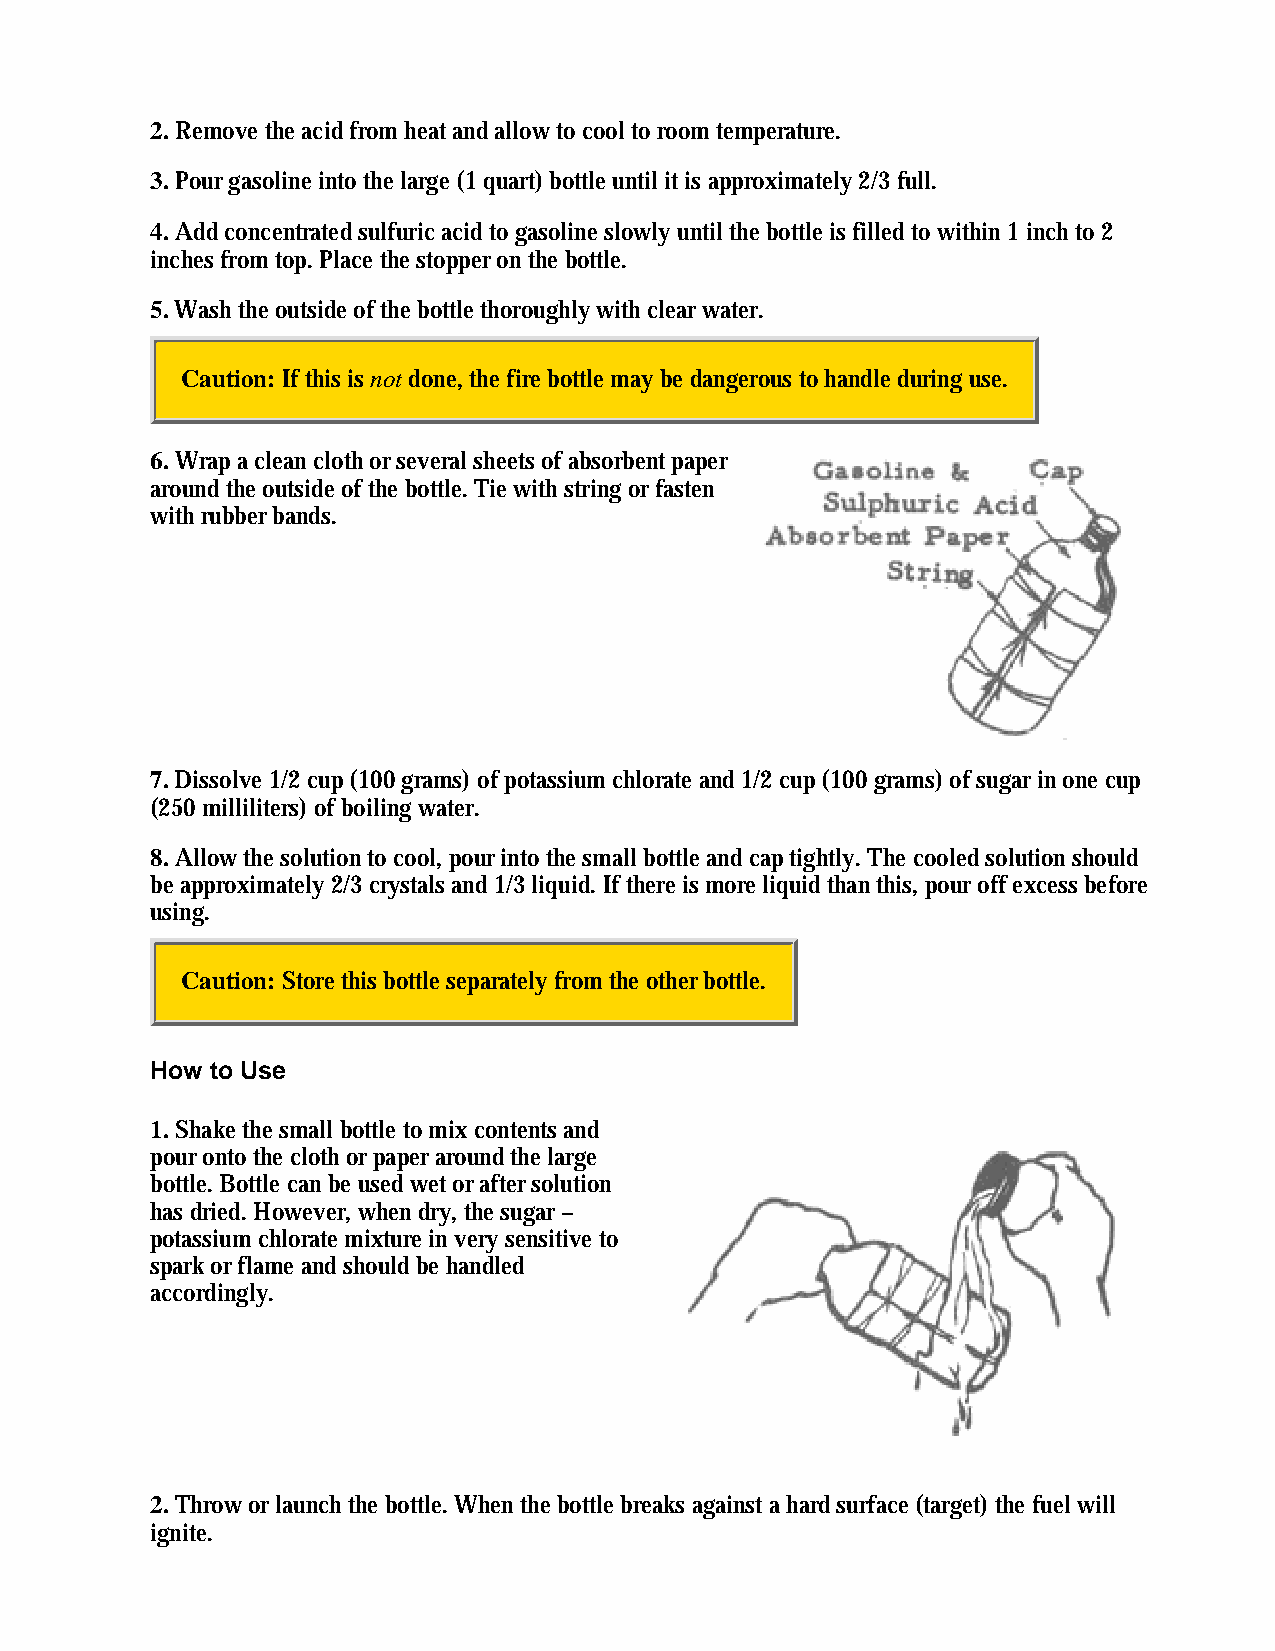
2. Remove the acid from heat and allow to cool to room temperature.
 3. Pour gasoline into the large (1 quart) bottle until it is approximately 2/3 full.
 4. Add concentrated sulfuric acid to gasoline slowly until the bottle is filled to within 1 inch to 2
 inches from top. Place the stopper on the bottle.
 5. Wash the outside of the bottle thoroughly with clear water.
 Caution: If this is not done, the fire bottle may be dangerous to handle during use.
 6. Wrap a clean cloth or several sheets of absorbent paper
 around the outside of the bottle. Tie with string or fasten
 with rubber bands.
 7. Dissolve 1/2 cup (100 grams) of potassium chlorate and 1/2 cup (100 grams) of sugar in one cup
 (250 milliliters) of boiling water.
 8. Allow the solution to cool, pour into the small bottle and cap tightly. The cooled solution should
 be approximately 2/3 crystals and 1/3 liquid. If there is more liquid than this, pour off excess before
 using.
 Caution: Store this bottle separately from the other bottle.
 How to Use
 1. Shake the small bottle to mix contents and
 pour onto the cloth or paper around the large
 bottle. Bottle can be used wet or after solution
 has dried. However, when dry, the sugar –
 potassium chlorate mixture in very sensitive to
 spark or flame and should be handled
 accordingly.
 2. Throw or launch the bottle. When the bottle breaks against a hard surface (target) the fuel will
 ignite.